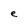
Character: e